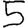
Digit: 5